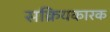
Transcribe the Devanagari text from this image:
सक्रियकारक